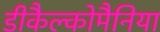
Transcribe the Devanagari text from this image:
डीकैल्कोमैनिया